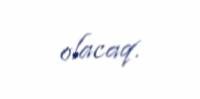
olacaq.